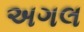
અગલ